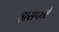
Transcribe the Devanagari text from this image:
असपने